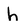
Character: h